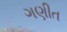
ગણીત